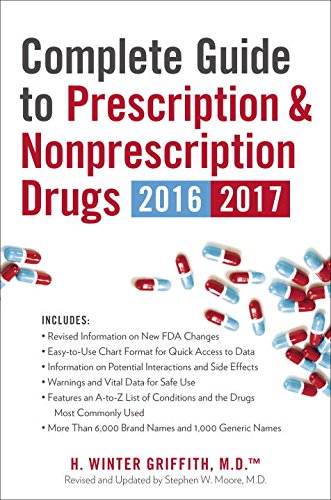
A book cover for Complete Guide to Prescription & Nonprescription Drugs 2016-2017; H. Winter Griffith; Medical Books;